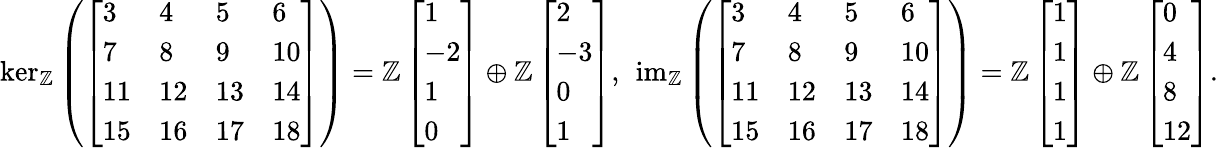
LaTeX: \begin{array}{r}{\ker_{\mathbb{Z}}\left(\left[\begin{array}{llll}{3}&{4}&{5}&{6}\\ {7}&{8}&{9}&{10}\\ {11}&{12}&{13}&{14}\\ {15}&{16}&{17}&{18}\end{array}\right]\right)=\mathbb{Z}\left[\begin{array}{l}{1}\\ {-2}\\ {1}\\ {0}\end{array}\right]\oplus\mathbb{Z}\left[\begin{array}{l}{2}\\ {-3}\\ {0}\\ {1}\end{array}\right],\ \operatorname{im}_{\mathbb{Z}}\left(\left[\begin{array}{llll}{3}&{4}&{5}&{6}\\ {7}&{8}&{9}&{10}\\ {11}&{12}&{13}&{14}\\ {15}&{16}&{17}&{18}\end{array}\right]\right)=\mathbb{Z}\left[\begin{array}{l}{1}\\ {1}\\ {1}\\ {1}\end{array}\right]\oplus\mathbb{Z}\left[\begin{array}{l}{0}\\ {4}\\ {8}\\ {12}\end{array}\right].}\end{array}